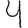
Digit: 4